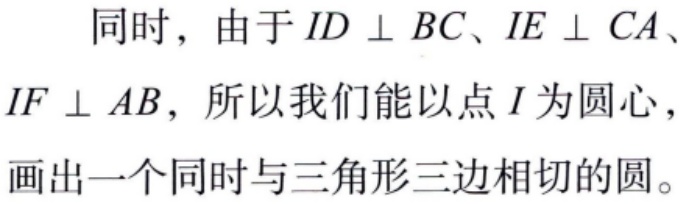
同时，由于 \(ID \perp BC\)、\(IE \perp CA\)、\(IF \perp AB\)，所以我们能以点 \(I\) 为圆心，画出一个同时与三角形三边相切的圆。